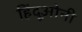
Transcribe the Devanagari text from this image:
हिंदूओनी